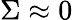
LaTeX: \Sigma\approx 0